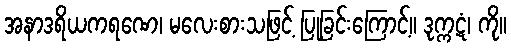
အနာဒရိယကရဏေ၊ မလေးစားသဖြင့် ပြုခြင်းကြောင့်။ ဒုက္ကဋံ၊ ကို။